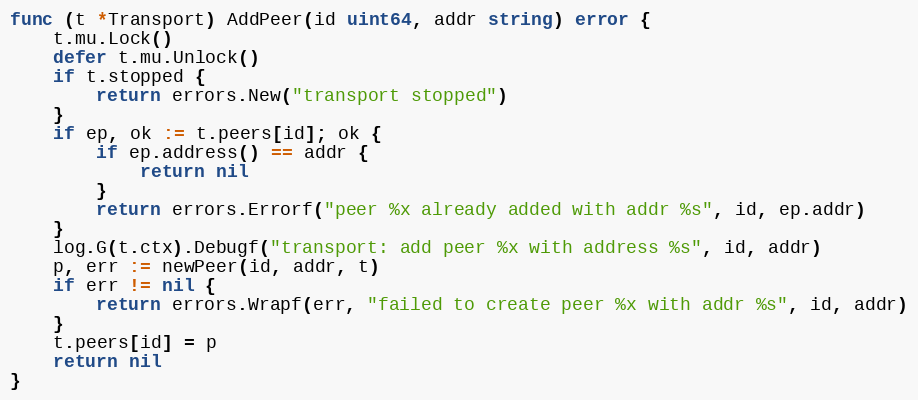
Language: Go
func (t *Transport) AddPeer(id uint64, addr string) error {
	t.mu.Lock()
	defer t.mu.Unlock()
	if t.stopped {
		return errors.New("transport stopped")
	}
	if ep, ok := t.peers[id]; ok {
		if ep.address() == addr {
			return nil
		}
		return errors.Errorf("peer %x already added with addr %s", id, ep.addr)
	}
	log.G(t.ctx).Debugf("transport: add peer %x with address %s", id, addr)
	p, err := newPeer(id, addr, t)
	if err != nil {
		return errors.Wrapf(err, "failed to create peer %x with addr %s", id, addr)
	}
	t.peers[id] = p
	return nil
}